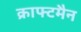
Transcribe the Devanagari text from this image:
क्राफ्टमैन